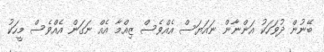
ބޭނުން ދުވަހަކު އަންނާން ނައަޔަސް އެއްވެސް ޒިއްމާ އެއް ނަގަން އެއްވެސް މީހަކު